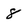
Character: 8